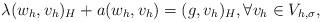
LaTeX: \begin{align*}\lambda (w_h,v_h)_H + a(w_h,v_h) = (g,v_h)_H, \forall v_h \in V_{h,\sigma},\end{align*}